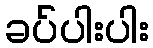
ခပ်ပါးပါး